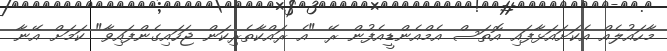
މާހައުލެއް އެކަށައަޅާފައި އޮތަސް އެމްއެންޑީއެފުން ރޭ "އެ ރައްކާތެރިކަން ޖަހައިގެންފައިވާ" ކަމަށް އޭނާ